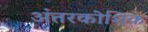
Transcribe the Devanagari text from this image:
अंतरकोशिक